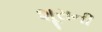
શૂરાની